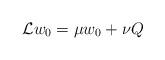
LaTeX: \begin{align*}\mathcal{L}w_0 = \mu w_0 + \nu Q\end{align*}